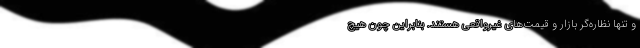
و تنها نظاره‌گر بازار و قیمت‌های غیرواقعی هستند. بنابراین چون هیچ